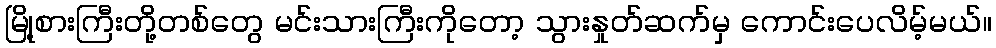
မြို့စားကြီးတို့တစ်တွေ မင်းသားကြီးကိုတော့ သွားနှုတ်ဆက်မှ ကောင်းပေလိမ့်မယ်။